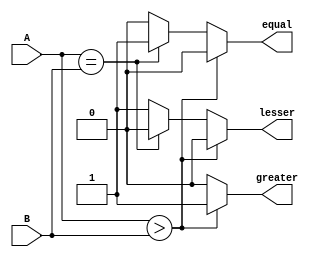
module MagnitudeComparator(
  input [3:0] A, B,
  output reg lesser, equal, greater
);
  always @(*) begin
    if(A > B) begin
      greater = 1;
      equal = 0;
      lesser = 0;
    end else if(A == B) begin
      greater = 0;
      equal = 1;
      lesser = 0;
    end else begin
      greater = 0;
      equal = 0;
      lesser = 1;
    end
  end
endmodule